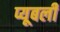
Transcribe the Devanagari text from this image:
प्यूबली